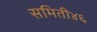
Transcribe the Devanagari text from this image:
समिती४६